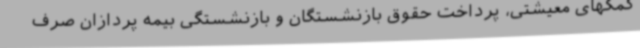
کمکهای معیشتی، پرداخت حقوق بازنشستگان و بازنشستگی بیمه پردازان صرف